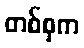
တစ်စုက